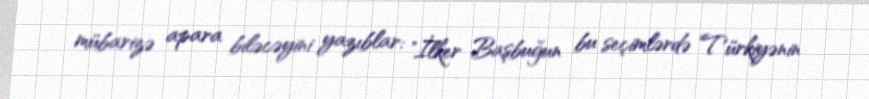
mübarizə apara biləcəyini yazıblar: "İlker Başbuğun bu seçimlərdə Türkiyənin